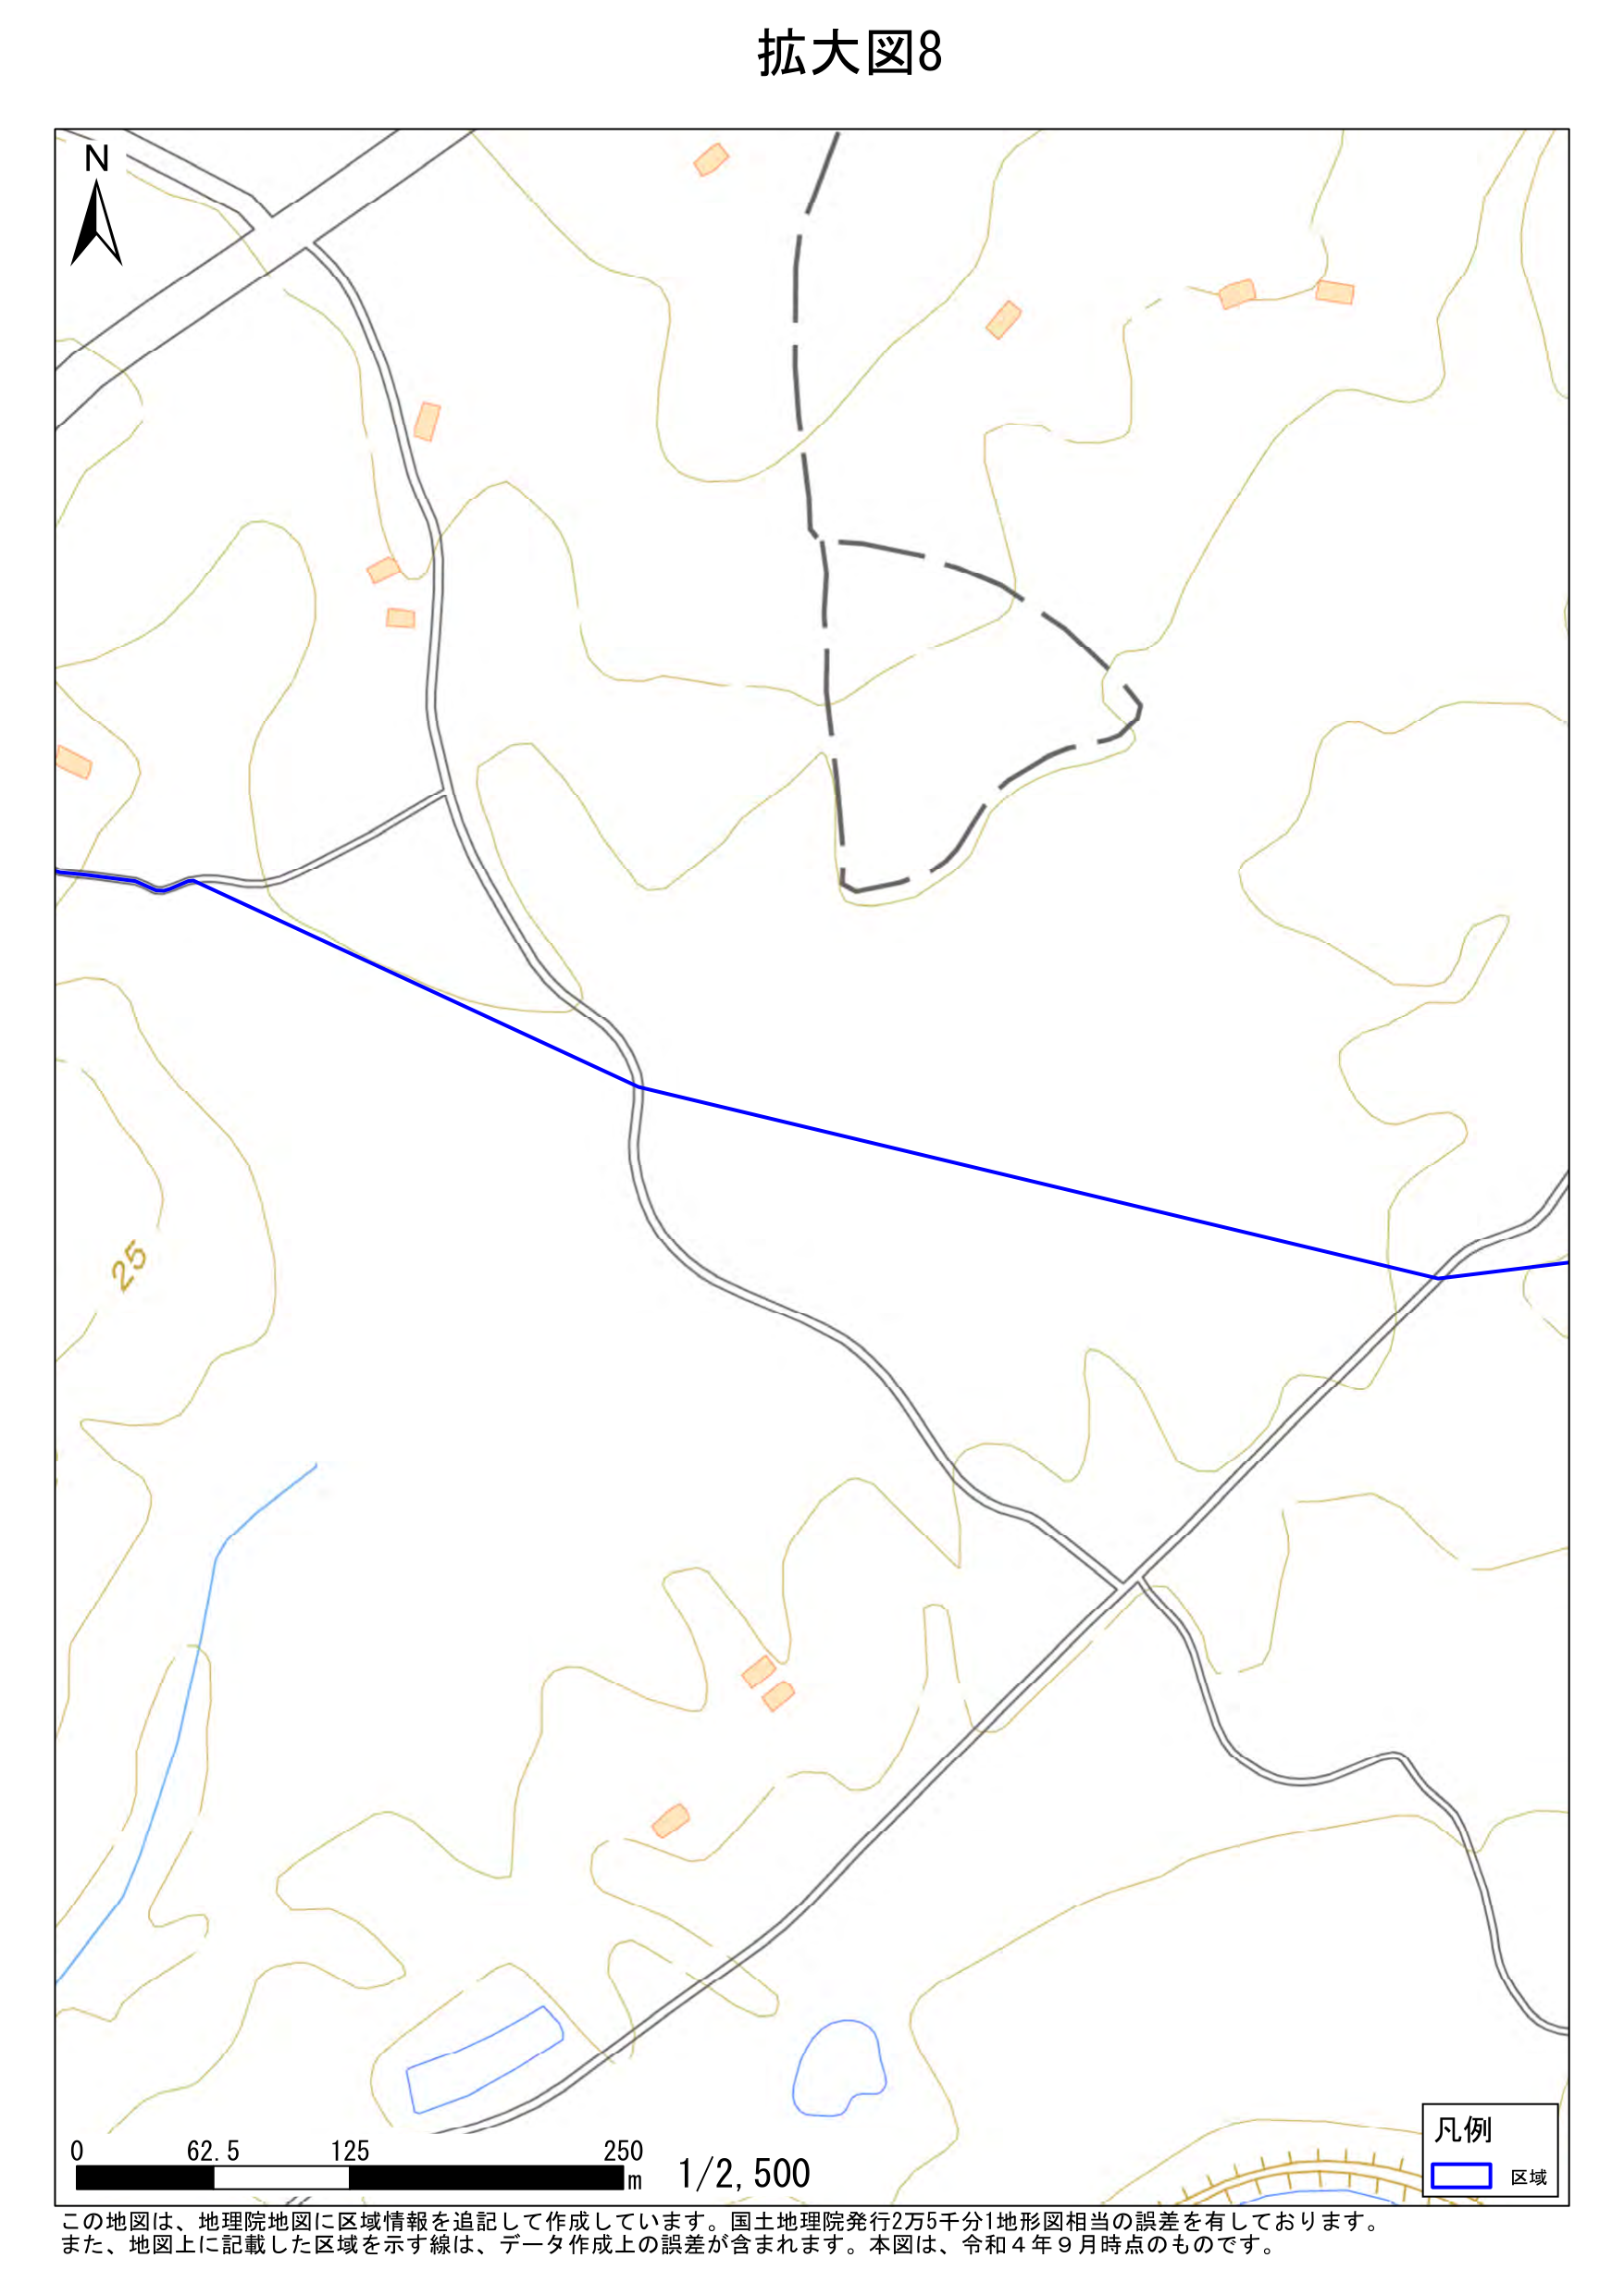
拡大図8
N
25
0 62.5 125 250 m 1/2,500
凡例
□ 区域
この地図は、地理院地図に区域情報を追記して作成しています。国土地理院発行2万5千分1地形図相当の誤差を有しております。
また、地図上に記載した区域を示す線は、データ作成上の誤差が含まれます。本図は、令和4年9月時点のものです。